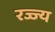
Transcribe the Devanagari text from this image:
रज्ज्य